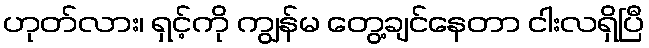
ဟုတ်လား၊ ရှင့်ကို ကျွန်မ တွေ့ချင်နေတာ ငါးလရှိပြီ